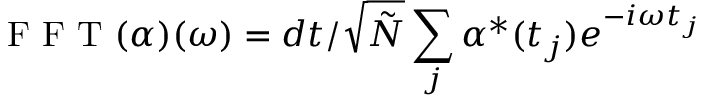
\mathrm { ~ F ~ F ~ T ~ } ( \alpha ) ( \omega ) = d t / \sqrt { \tilde { N } } \sum _ { j } \alpha ^ { * } ( t _ { j } ) e ^ { - i \omega t _ { j } }